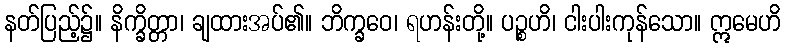
နတ်ပြည့်၌။ နိက္ခိတ္တာ၊ ချထားအပ်၏။ ဘိက္ခဝေ၊ ရဟန်းတို့။ ပဉ္စဟိ၊ ငါးပါးကုန်သော။ ဣမေဟိ